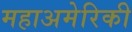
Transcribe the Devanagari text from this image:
महाअमेरिकी